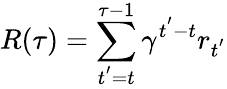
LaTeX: R(\tau)=\sum_{t^{'}=t}^{\tau-1}\gamma^{t^{'}-t}r_{t^{'}}